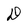
Character: D